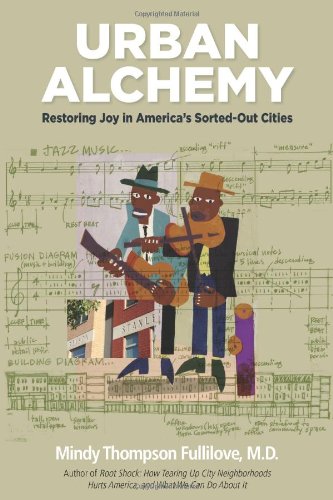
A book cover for Urban Alchemy: Restoring Joy in America's Sorted-Out Cities; Mindy Thompson Fullilove; Arts & Photography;